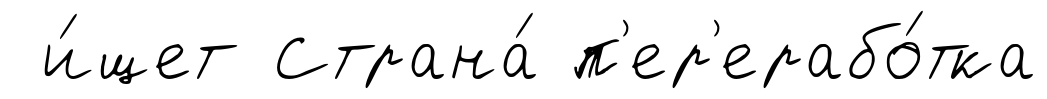
и́щет Страна́ п'ер'ерабо́тка